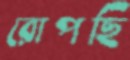
রোপছি